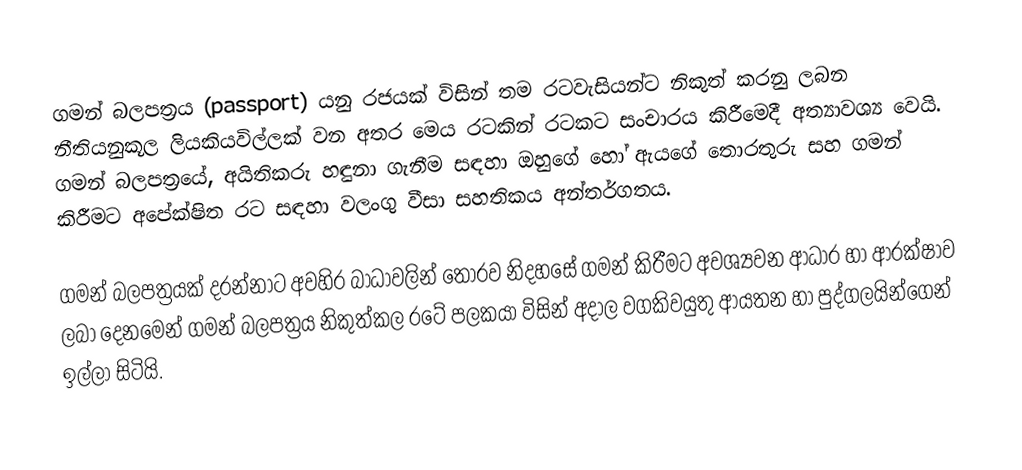
ගමන් බලපත්‍රය (passport) යනු රජයක් විසින් තම රටවැසියන්ට නිකුත් කරනු ලබන නීතියනුකූල ලියකියවිල්ලක් වන අතර මෙය රටකින් රටකට සංචාරය කිරීමෙදී අත්‍යාවශ්‍ය වෙයි. ගමන් බලපත්‍රයේ, අයිතිකරු හඳුනා ගැනීම සඳහා ඔහුගේ හෝ ඇයගේ තොරතුරු සහ ගමන් කිරීමට අපේක්ෂිත රට සඳහා වලංගු වීසා සහතිකය අන්තර්ගතය.

ගමන් බලපත්‍රයක් දරන්නාට අවහිර බාධාවලින් තොරව නිදහසේ ගමන් කිරීමට අවශ්‍යවන ආධාර හා ආරක්ෂාව ලබා දෙනමෙන් ගමන් බලපත්‍රය නිකුත්කල රටේ පලකයා විසින් අදාල වගකිවයුතු ආයතන හා පුද්ගලයින්ගෙන් ඉල්ලා සිටියි.